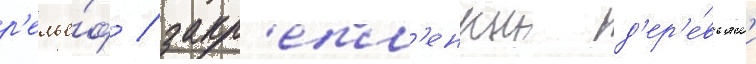
р'елье́ф / закр'епл'енныи д'ер'е́вьям'и